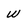
Character: W